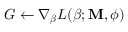
G \gets \nabla _ { \boldsymbol { \beta } } L ( \boldsymbol { \beta } ; \mathbf { M } , \boldsymbol { \phi } )